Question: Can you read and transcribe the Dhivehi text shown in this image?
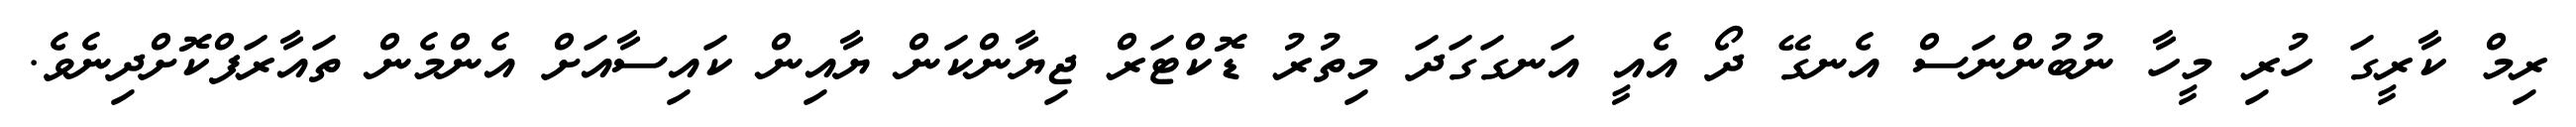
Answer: ރިމް ކާރީގަ ހުރި މީހާ ނުބުންނަސް އެނގޭ ދޯ އެއީ އަނގަގަދަ މިތުރު ޑޮކްޓަރް ޖިޔާންކަން ޔާއިން ކައިސާއަށް އެންމެން ތައާރަފްކޮށްދިނެވެ.